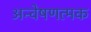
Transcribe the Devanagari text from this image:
अन्वेषणत्मक